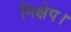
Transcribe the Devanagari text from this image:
निक्षेप।